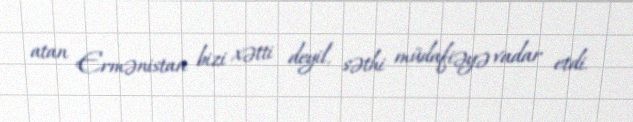
atan Ermənistan bizi xətti deyil, səthi müdafiəyə vadar etdi.